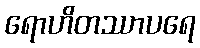
ရောဟိတဿာပရေ